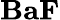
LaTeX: \mathrm{\textbf{BaF}}